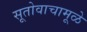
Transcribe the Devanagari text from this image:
सूतोवाचामूळे